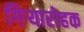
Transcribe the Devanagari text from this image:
गिऱ्यारोहक